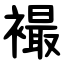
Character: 襊